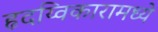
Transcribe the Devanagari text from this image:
हृदय्विकारामध्ये